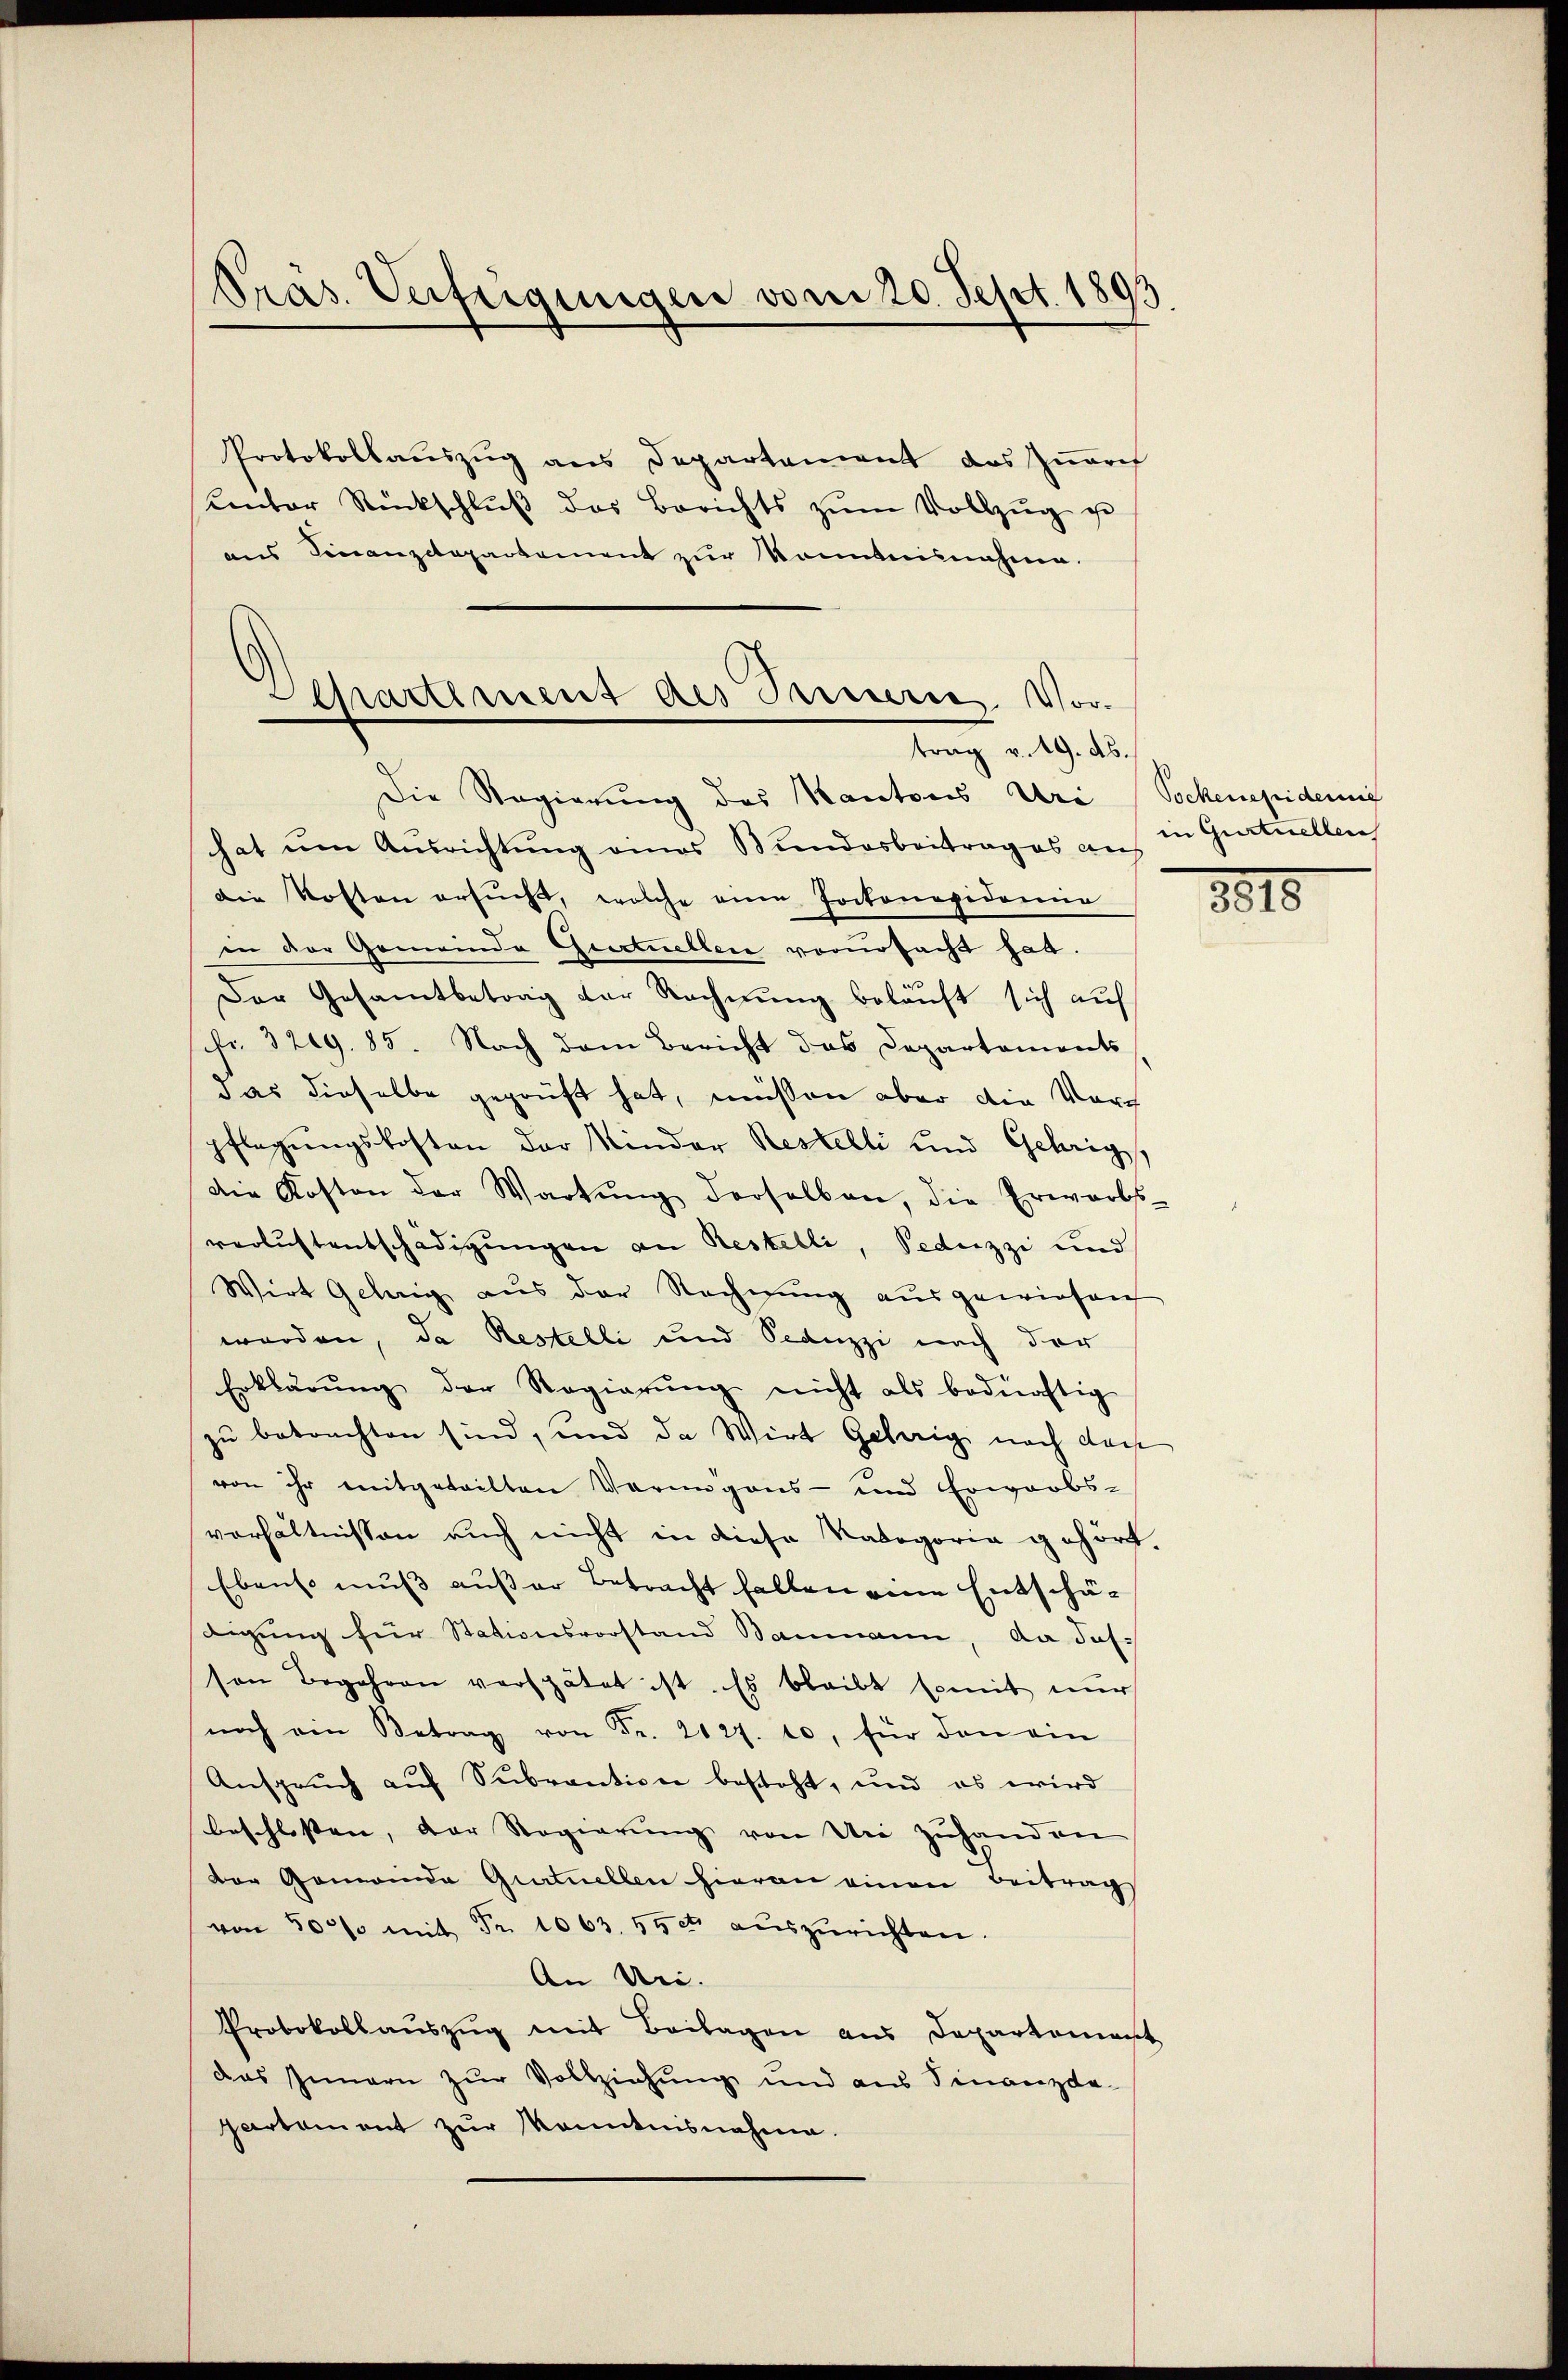
Präs. Verfeigungen vom 20. Sept. 1893.

Protokollaŭszŭg ans Departement das Zürch
unter Rückschlŭβ das Berichts zŭm Vollzŭg ge
aus Finanzdepartement zur konntensnahme.

Departement des Brenneres Vortrag v. 19. ds.

Die Regierung des Kantones Uri (Sockenepidemie
hat um Ausrichtung eines Bundesbeitrages auf in Gurtuellen
die Kosten ersŭcht, welche eine Pockonapidemie
in der Gemeinde Grectuellen vorursacht hat.
Der Gesamtbetrag der Rechnung beläuft sich auf
fr. 329. 85. Nach dem Bericht das Departements
das dieselbe geprüft hat, müssen aber die Vor
pflegungskosten der Kinder Restelli und Gehrig,
die Kosten der Wartŭng derselben, die Erwarbs-
verlustentschädigungen an Restelli, Peduzzi und
Wirt Gelang aus der Rechnung ausgewiesen
worden, da Restelli und Scanzzi nach der
Erklärŭng der Regierŭng nicht als bedürftig
zu betrachten sind, und da Wirt Gehörig nach dach
von ihr mitgeteilten Verungens- und Erwarbs-
verhältnissen auch nicht in diese Kategoria gehört.
Ebenso muss außer Betracht halten eine Entschätigung für Stationsvorstand Baumann, da das
sen Begehren verspätet ist. Es bleibt somit nŭr
noch ein Betrag von Fr. 2027. 10, für den ein
Ansprŭch aŭf Subvention besteht, und es wird
beschlossen, der Regierŭng von die zuhanden
Der Gemeinde Gurtuellen hieran einen Beitrags
von 50% mit Fr. 1063. 59 et auszurichten.
An Uri- |
Protokollaŭszŭg mit Beilagen aus Departement
das Innern zur Vollziehung und aus Finanzda-
partament zur Kenntnisnahme.

8815